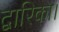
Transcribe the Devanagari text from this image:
द्वारिका।